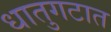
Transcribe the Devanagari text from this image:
धातुगटात